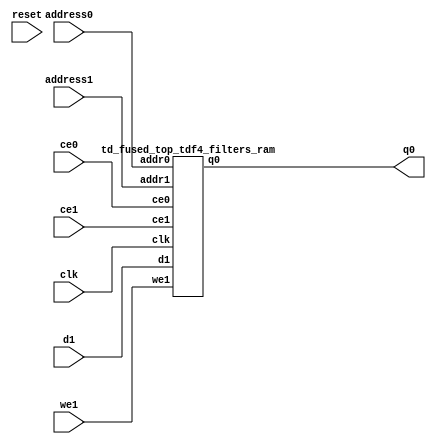
`define EXPONENT 5
`define MANTISSA 10
`define ACTUAL_MANTISSA 11
`define EXPONENT_LSB 10
`define EXPONENT_MSB 14
`define MANTISSA_LSB 0
`define MANTISSA_MSB 9
`define MANTISSA_MUL_SPLIT_LSB 3
`define MANTISSA_MUL_SPLIT_MSB 9
`define SIGN 1
`define SIGN_LOC 15
`define DWIDTH (`SIGN+`EXPONENT+`MANTISSA)
`define IEEE_COMPLIANCE 1

module td_fused_top_tdf4_filters(
    reset,
    clk,
    address0,
    ce0,
    q0,
    address1,
    ce1,
    we1,
    d1);

parameter DataWidth = 32'd16;
parameter AddressRange = 32'd18432;
parameter AddressWidth = 32'd15;
input reset;
input clk;
input[AddressWidth - 1:0] address0;
input ce0;
output[DataWidth - 1:0] q0;
input[AddressWidth - 1:0] address1;
input ce1;
input we1;
input[DataWidth - 1:0] d1;



td_fused_top_tdf4_filters_ram td_fused_top_tdf4_filters_ram_U(
    .clk( clk ),
    .addr0( address0 ),
    .ce0( ce0 ),
    .q0( q0 ),
    .addr1( address1 ),
    .ce1( ce1 ),
    .we1( we1 ),
    .d1( d1 )
);

endmodule
module td_fused_top_tdf4_filters_ram (addr0, ce0, q0, addr1, ce1, d1, we1,  clk);

parameter DWIDTH = 16;
parameter AWIDTH = 15;
parameter MEM_SIZE = 18432;

input[AWIDTH-1:0] addr0;
input ce0;
output wire[DWIDTH-1:0] q0;
input[AWIDTH-1:0] addr1;
input ce1;
input[DWIDTH-1:0] d1;
input we1;
input clk;

 reg [DWIDTH-1:0] ram[MEM_SIZE-1:0];
wire [AWIDTH-1:0] addr0_t0; 
reg [AWIDTH-1:0] addr0_t1; 
reg [DWIDTH-1:0] q0_t0;
reg [DWIDTH-1:0] q0_t1;
wire [AWIDTH-1:0] addr1_t0; 
reg [AWIDTH-1:0] addr1_t1; 
wire [DWIDTH-1:0] d1_t0; 
wire we1_t0; 
reg [DWIDTH-1:0] d1_t1; 
reg we1_t1; 


assign addr0_t0 = addr0;
assign q0 = q0_t1;
assign addr1_t0 = addr1;
assign d1_t0 = d1;
assign we1_t0 = we1;

always @(posedge clk)  
begin
    if (ce0) 
    begin
        addr0_t1 <= addr0_t0; 
        q0_t1 <= q0_t0;
    end
    if (ce1) 
    begin
        addr1_t1 <= addr1_t0; 
        d1_t1 <= d1_t0;
        we1_t1 <= we1_t0;
    end
end


always @(posedge clk)  
begin 
    if (ce0) begin
        q0_t0 <= ram[addr0_t1];
    end
end


always @(posedge clk)  
begin 
    if (ce1) begin
        if (we1_t1) 
            ram[addr1_t1] <= d1_t1; 
    end
end


endmodule